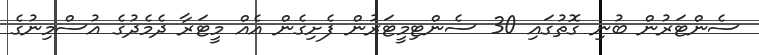
ސެންޓަރުން ބުނި ގޮތުގައި 30 ސެންޓިމީޓަރުން ފެށިގެން އެއް މީޓަރާ ދެމެދުގެ އުސްމިނުގެ